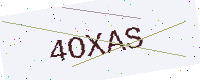
Text: 4OXAS